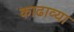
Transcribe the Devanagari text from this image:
काढाव्या